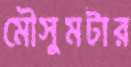
মৌসুমটার